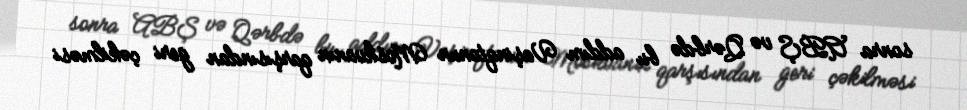
sonra ABŞ və Qərbdə bu addım Vaşinqtonun Moskvanın qarşısından geri çəkilməsi